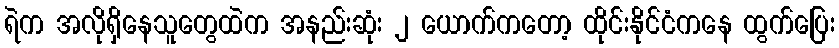
ရဲက အလိုရှိနေသူတွေထဲက အနည်းဆုံး ၂ ယောက်ကတော့ ထိုင်းနိုင်ငံကနေ ထွက်ပြေး